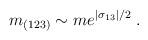
LaTeX: \begin{align*}m_{(123)}\sim me^{|\sigma _{13}|/2}\;. \end{align*}